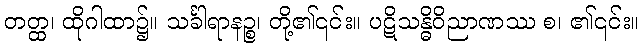
တတ္ထ၊ ထိုဂါထာ၌။ သင်္ခါရာနဉ္စ၊ တို့၏၎င်း။ ပဋိသန္ဓိဝိညာဏဿ စ၊ ၏၎င်း။